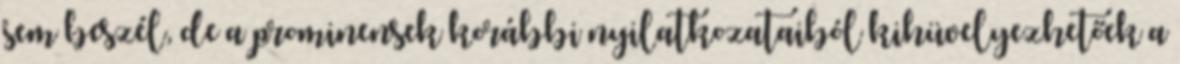
sem beszél, de a prominensek korábbi nyilatkozataiból kihüvelyezhetőek a